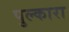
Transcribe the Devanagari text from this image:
पुल्कारा